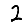
Digit: 2